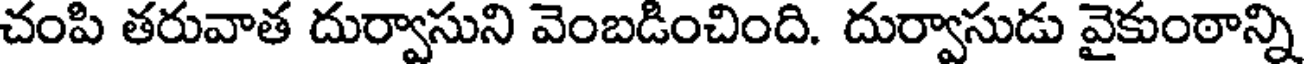
చంపి తరువాత దుర్వాసుని వెంబడించింది. దుర్వాసుడు వైకుంఠాన్ని